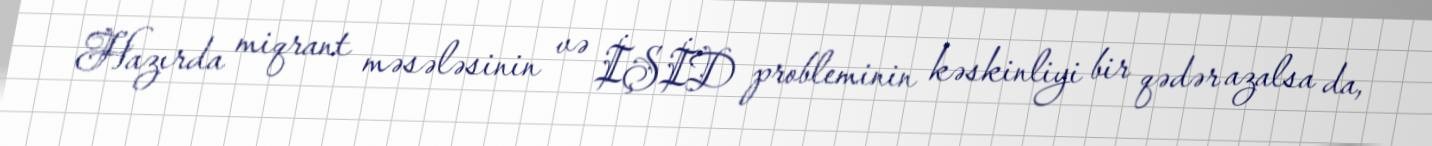
Hazırda miqrant məsələsinin və İŞİD probleminin kəskinliyi bir qədər azalsa da,